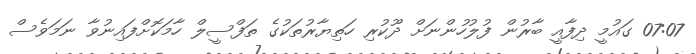
07:07 ގައުމީ ދިފާއީ ބާރުން ފުލުހުންނަށް ދޫކުރި ހަތިޔާރުތަކުގެ ތަފްސީލް ހާމަކޮށްފައިނުވާ ނަމަވެސް